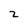
Character: 2